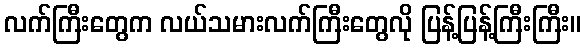
လက်ကြီးတွေက လယ်သမားလက်ကြီးတွေလို ပြန့်ပြန့်ကြီးကြီး။